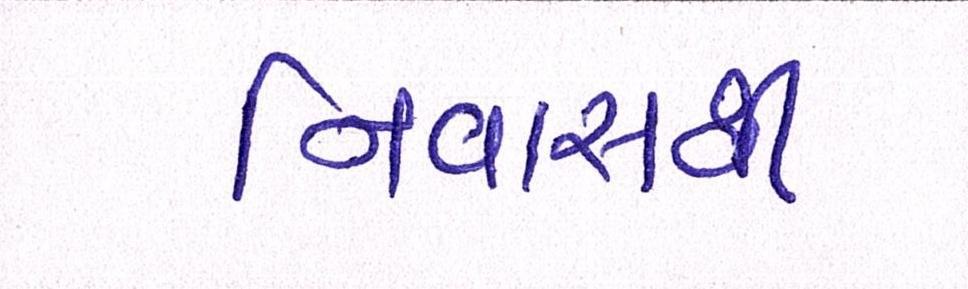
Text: નિવાસથી